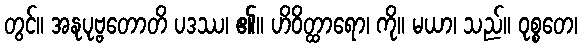
တွင်။ အနုပုဗ္ဗတောတိ ပဒဿ၊ ၏။ ဟိဝိတ္ထာရော၊ ကို။ မယာ၊ သည်။ ဝုစ္စတေ၊